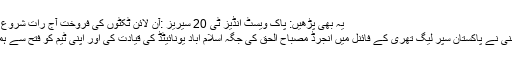
یہ بھی پڑھیں: پاک ویسٹ انڈیز ٹی 20 سیریز :آن لائن ٹکٹوں کی فروخت آج رات شروع ہوجائے گی
جے پی ڈومنی نے پاکستان سپر لیگ تھری کے فائنل میں انجرڈ مصباح الحق کی جگہ اسلام آباد یونائیٹڈ کی قیادت کی اور اپنی ٹیم کو فتح سے ہمکنار کرایا ۔